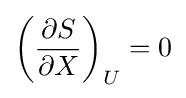
\left({\frac {\partial S}{\partial X}}\right)_{U}=0